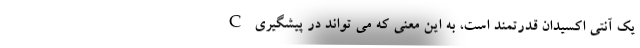
C یک آنتی اکسیدان قدرتمند است، به این معنی که می تواند در پیشگیری